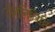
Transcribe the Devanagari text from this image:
अंतनिविष्टि